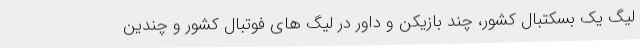
لیگ یک بسکتبال کشور، چند بازیکن و داور در لیگ های فوتبال کشور و چندین